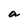
Character: a